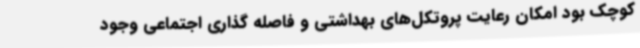
کوچک بود امکان رعایت پروتکل‌های بهداشتی و فاصله ‌گذاری اجتماعی وجود